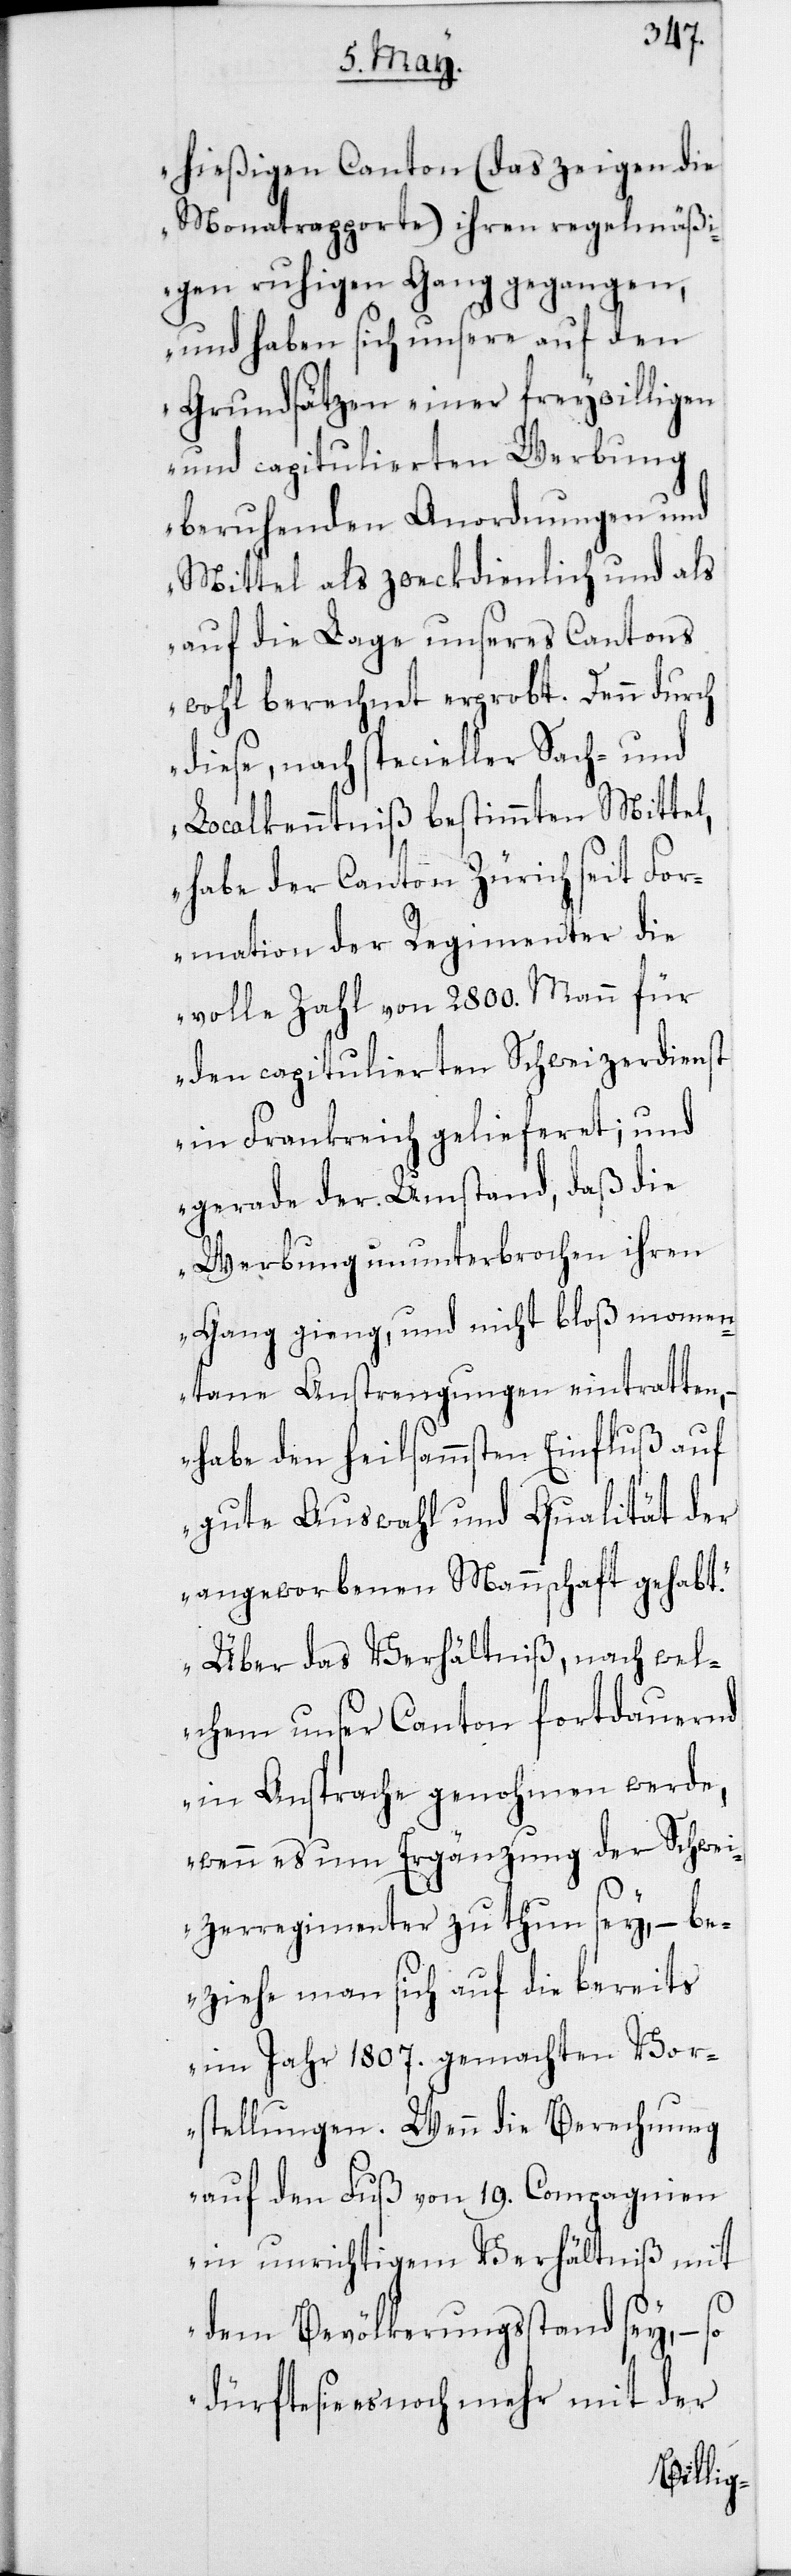
hießigen Canton (das zeigen die
Monatsrapporte) ihren regelmäßi¬
gen ruhigen Gang gegangen,
und haben sich unsere auf den
Grundsätzen einer freywilligen
und capitulierten Werbung
beruhenden Anordnungen und
Mittel als zweckdienlich und als
auf die Lage unseres Cantons
wohl berechnet erprobt. Denn durch
diese, nach specieller Sach- und
Localkenntniß bestimmten Mittel,
habe der Canton Zürich seit For¬
mation der Regimenter die
volle Zahl von 2800. Mann für
den capitulierten Schweizerdienst
in Frankreich gelieferet; und
gerade der Umstand, daß die
Werbung ununterbrochen ihren
Gang gieng, und nicht bloß momen¬
tane Anstrengungen eintretten,
habe den heilsammsten Einfluß auf
gute Auswahl und Qualität der
angeworbenen Mannschaft gehabt.
Über das Verhältniß, nach wel¬
chem unser Canton fortdauernd
in Ansprache genohmen werde,
wenn es um Ergänzung der Schwei¬
zerregimenter zu thun sey, – be¬
ziehe man sich auf die bereits
im Jahr 1807. gemachten Vor¬
stellungen. Wenn die Berechnung
auf den Fuß von 19. Compagnien
in unrichtigem Verhältniß mit
dem Bevölkerungsstand sey, –
dürfte sie es noch mehr mit der